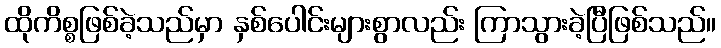
ထိုကိစ္စဖြစ်ခဲ့သည်မှာ နှစ်ပေါင်းများစွာလည်း ကြာသွားခဲ့ပြီဖြစ်သည်။